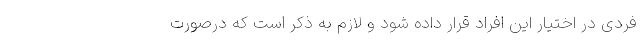
فردی در اختیار این افراد قرار داده شود و لازم به ذکر است که درصورت